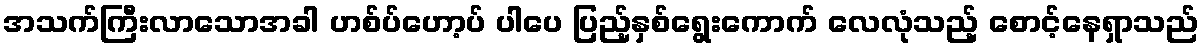
အသက်ကြီးလာသောအခါ ဟစ်ပ်ဟော့ပ် ပါပေ ပြည့်နှစ်ရွေးကောက် လေလုံသည့် စောင့်နေရှာသည်